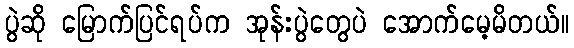
ပွဲဆို မြောက်ပြင်ရပ်က အုန်းပွဲတွေပဲ အောက်မေ့မိတယ်။